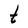
Character: t